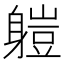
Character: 䠽